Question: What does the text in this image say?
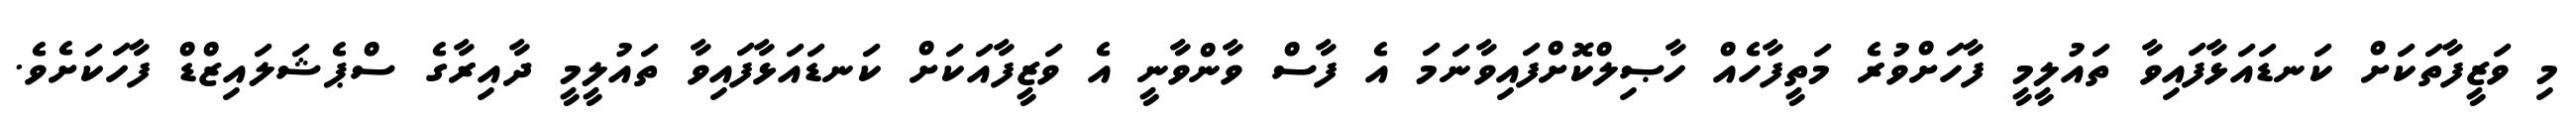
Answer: މި ވަޒީފާތަކަށް ކަނޑައަޅާފައިވާ ތައުލީމީ ފާހަށްވުރެ މަތީފާހެއް ހާޞިލްކޮށްފައިވާނަމަ އެ ފާސް ވާންވާނީ އެ ވަޒީފާއަކަށް ކަނޑައަޅާފައިވާ ތައުލީމީ ދާއިރާގެ ސްޕެޝަލައިޒްޑް ފާހަކަށެވެ.